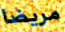
مريضا